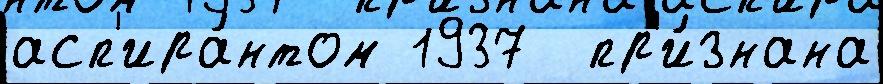
асп'ира́нтом 1937  пр'и́знана